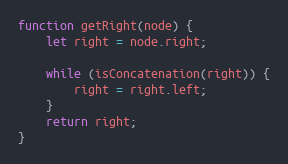
Language: JavaScript
function getRight(node) {
    let right = node.right;

    while (isConcatenation(right)) {
        right = right.left;
    }
    return right;
}